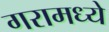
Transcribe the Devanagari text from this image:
गरामध्ये